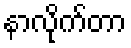
နာလိုက်တာ